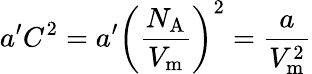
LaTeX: a^{\prime}C^{2}=a^{\prime}\left({\frac{N_{\mathrm{A}}}{V_{\mathrm{m}}}}\right)^{2}={\frac{a}{V_{\mathrm{m}}^{2}}}